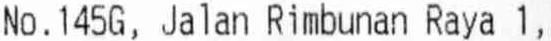
NO.145G, JALAN RIMBUNAN RAYA 1,